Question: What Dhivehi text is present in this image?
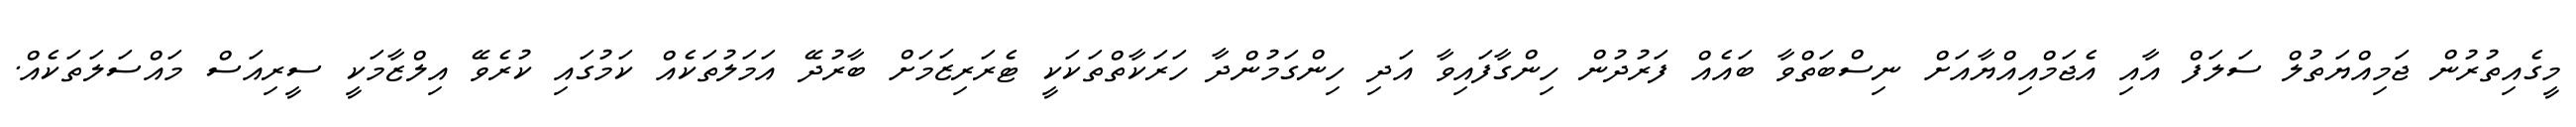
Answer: މީގެއިތުރުން ޖަމިއްޔަތުލް ސަލަފް އާއި އެޖަމްއިއްޔާއަށް ނިސްބަތްވާ ބައެއް ފަރުދުން ހިންގާފައިވާ އަދި ހިންގަމުންދާ ހަރަކާތްތަކަކީ ޓެރަރިޒަމަށް ބާރުދޭ އަމަލުތަކެއް ކަމުގައި ކުރެވޭ އިލްޒާމަކީ ސީރިއަސް މައްސަލަތަކެއް.